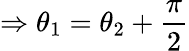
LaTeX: \Rightarrow\theta_{1}=\theta_{2}+{\frac{\pi}{2}}